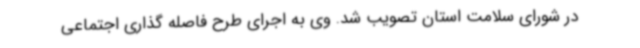
در شورای سلامت استان تصویب شد. وی به اجرای طرح فاصله گذاری اجتماعی